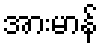
အားမာန်